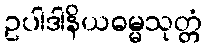
ဥပါဒါနိယဓမ္မသုတ္တံ